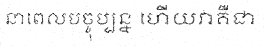
នាពេលបច្ចុប្បន្ន ហើយវាគឺជា